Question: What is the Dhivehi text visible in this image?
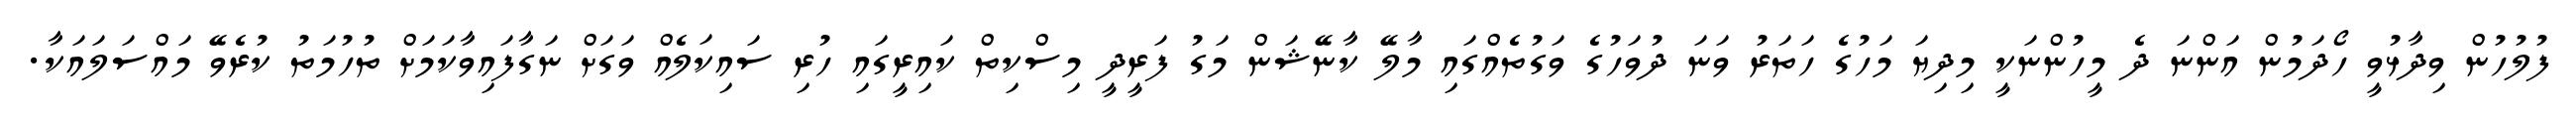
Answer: ފުލުހުން ވިދާޅުވީ ހޯދަމުން އަންނަ ދެ މީހުންނަކީ މިދިޔަ މަހުގެ ހަތަރު ވަނަ ދުވަހުގެ ވަގުތެއްގައި މާލޭ ކާނޭޝަން މަގު ފަރީދީ މިސްކިތް ކައިރީގައި ހުރި ސައިކަލެއް ވަގަށް ނަގާފައިވާކަމަށް ތުހުމަތު ކުރެވޭ މައްސަލައަކާ.